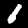
Label: 1